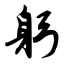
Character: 躬